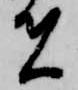
者